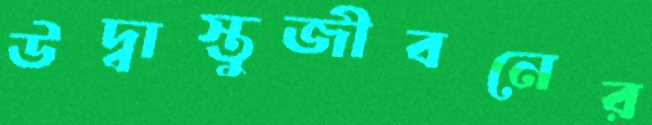
উদ্বাস্তুজীবনের